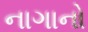
નાગાનો